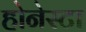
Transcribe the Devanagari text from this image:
होनेस्टा